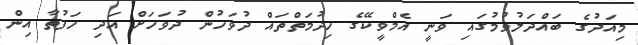
މިއަދުގެ ބައްދަލުވުމުގައި ވަނީ އެމްވީކޭގެ ހިދުމަތްތައް ދުވަހުން ދުވަހަށް އަދި ހަފުތާ އިން